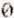
0